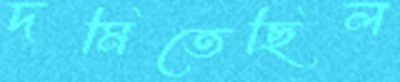
দমিতেছিল